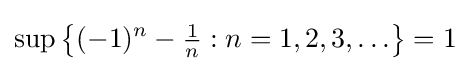
\sup \left\{(-1)^{n}-{\tfrac {1}{n}}:n=1,2,3,\ldots \right\}=1